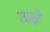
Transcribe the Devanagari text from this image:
ऊचें